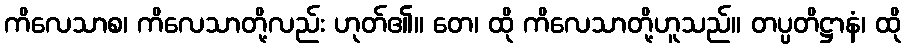
ကိလေသာစ၊ ကိလေသာတို့လည်း ဟုတ်၏။ တေ၊ ထို ကိလေသာတို့ဟူသည်။ တပ္ပတိဋ္ဌာနံ၊ ထို